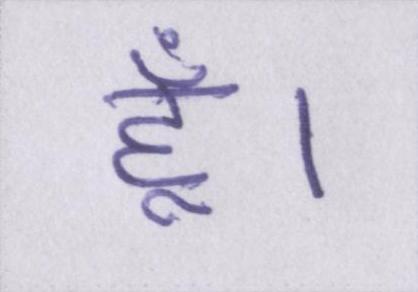
हूँ।